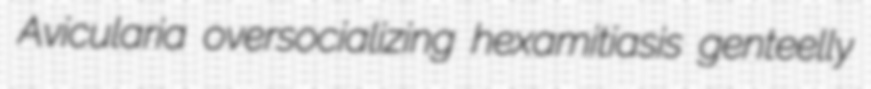
Avicularia oversocializing hexamitiasis genteelly